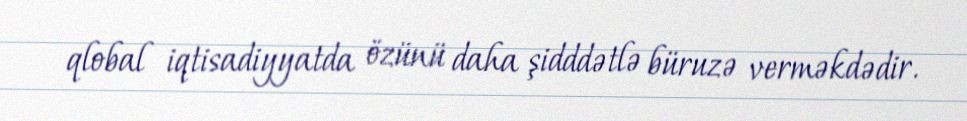
qlobal iqtisadiyyatda özünü daha şidddətlə büruzə verməkdədir.